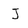
Character: J